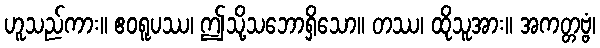
ဟူသည်ကား။ ဧဝရူပဿ၊ ဤသို့သဘောရှိသော။ တဿ၊ ထိုသူအား။ အကတ္တဗ္ဗံ၊